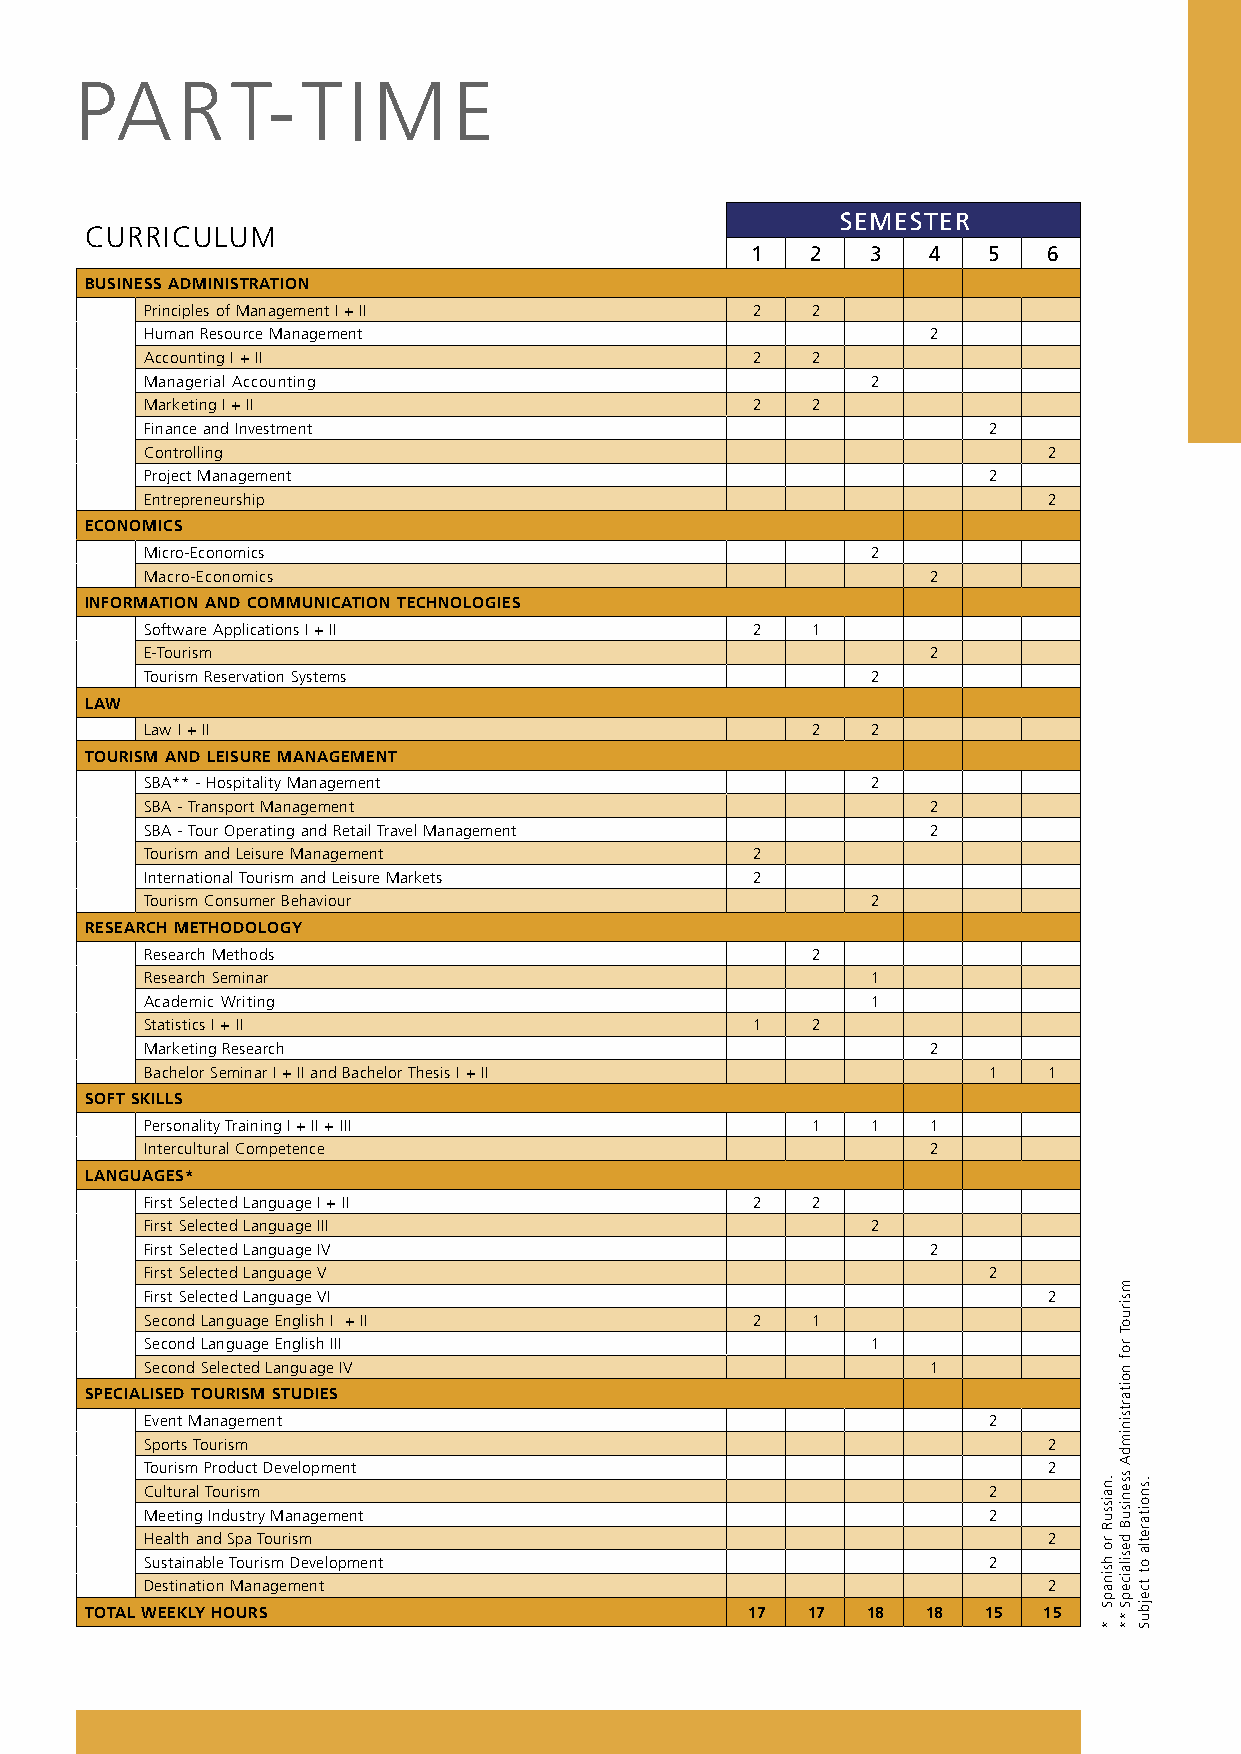
PAR       T-TIME
 SEMESTER
 CURRICULUM
 1   2   3  4   5   6
 BUSINESS ADMINISTRATION
 Principles of Management I + II         2   2
 Human Resource Management                           2
 Accounting I + II                       2   2
 Managerial Accounting                           2
 Marketing I + II                        2   2
 Finance and Investment                                 2
 Controlling                                                2
 Project Management                                     2
 Entrepreneurship                                           2
 ECONOMICS
 Micro-Economics                                 2
 Macro-Economics                                     2
 INFORMATION AND COMMUNICATION TECHNOLOGIES
 Software Applications I + II            2   1
 E-Tourism                                           2
 Tourism Reservation Systems                     2
 LAW
 Law I + II                                  2   2
 TOURISM AND LEISURE MANAGEMENT
 SBA** - Hospitality Management                  2
 SBA - Transport Management                          2
 SBA - Tour Operating and Retail Travel Management   2
 Tourism and Leisure Management          2
 International Tourism and Leisure Markets 2
 Tourism Consumer Behaviour                      2
 RESEARCH METHODOLOGY
 Research Methods                            2
 Research Seminar                                1
 Academic Writing                                1
 Statistics I + II                       1   2
 Marketing Research                                  2
 Bachelor Seminar I + II and Bachelor Thesis I + II     1   1
 SOFT SKILLS
 Personality Training I + II + III           1   1   1
 Intercultural Competence                            2
 LANGUAGES*
 First Selected Language I + II          2   2
 First Selected Language III                     2
 First Selected Language IV                          2
 First Selected Language V                              2
 First Selected Language VI                                 2
 Second Language English I + II          2   1
 Second Language English III                     1
 Second Selected Language IV                         1
 SPECIALISED TOURISM STUDIES
 Event Management                                       2
 Sports Tourism                                             2
 Tourism Product Development                                2
 Cultural Tourism                                       2
 Meeting Industry Management                            2
 Health and Spa Tourism                                     2
 Sustainable Tourism Development                        2
 Destination Management                                     2
 TOTAL WEEKLY HOURS                          17 17  18  18  15  15
 .naissuR
 ro
 hsinapS
 *
 msiruoT
 rof
 noitartsinimdA
 ssenisuB
 desilaicepS
 **
 .snoitaretla
 ot
 tcejbuS